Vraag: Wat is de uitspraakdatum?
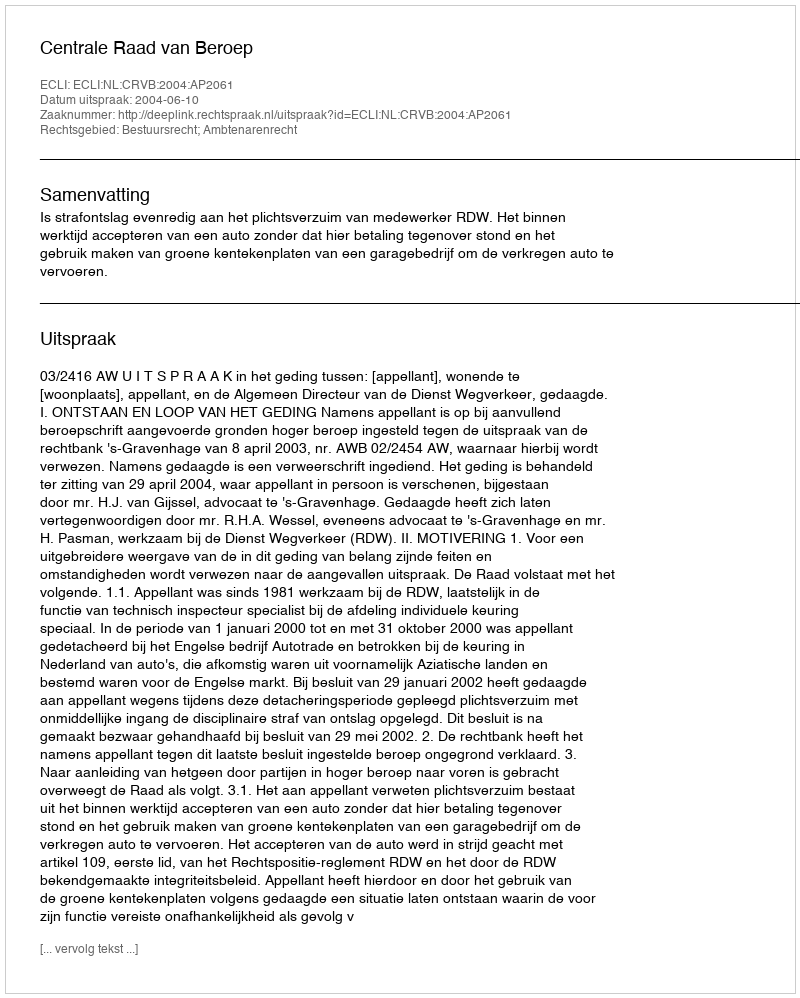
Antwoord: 2004-06-10